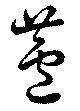
蘆